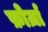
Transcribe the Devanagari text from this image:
फ़ोर्ज़ा